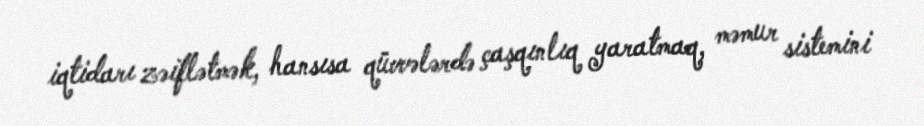
iqtidarı zəiflətmək, hansısa qüvvələrdə çaşqınlıq yaratmaq, məmur sistemini